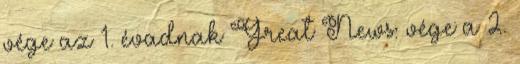
vége az 1. évadnak Great News: vége a 2.